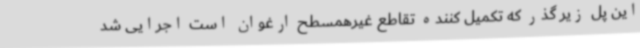
این پل زیر گذر که تکمیل کننده تقاطع غیرهمسطح ارغوان است اجرایی شد